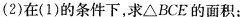
(2)在(1)的条件下，求△BCE的面积；